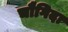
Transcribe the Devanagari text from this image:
चौगिदा